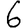
Digit: 6